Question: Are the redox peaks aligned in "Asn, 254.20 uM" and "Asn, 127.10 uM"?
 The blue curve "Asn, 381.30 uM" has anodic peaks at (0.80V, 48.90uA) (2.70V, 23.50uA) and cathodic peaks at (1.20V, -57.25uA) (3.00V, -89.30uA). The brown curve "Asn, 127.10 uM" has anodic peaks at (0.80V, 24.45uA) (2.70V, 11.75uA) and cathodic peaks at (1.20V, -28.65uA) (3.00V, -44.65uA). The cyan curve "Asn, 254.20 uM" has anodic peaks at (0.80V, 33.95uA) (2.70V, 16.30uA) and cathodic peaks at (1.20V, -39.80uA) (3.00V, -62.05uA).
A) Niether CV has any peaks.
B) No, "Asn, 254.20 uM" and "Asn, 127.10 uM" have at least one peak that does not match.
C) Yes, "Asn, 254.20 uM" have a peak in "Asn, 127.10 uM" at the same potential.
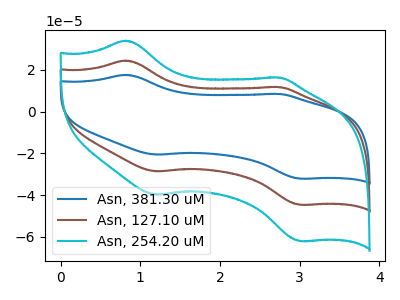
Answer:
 <answer>C) Yes, "Asn, 254.20 uM" have a peak in "Asn, 127.10 uM" at the same potential.</answer>
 <eval>C</eval>